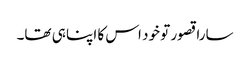
سارا قصور تو خود اس کا اپنا ہی تھا۔